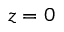
z = 0